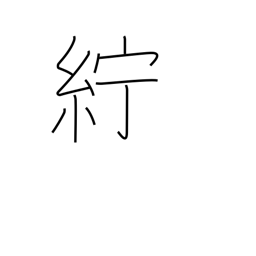
Meaning: linen